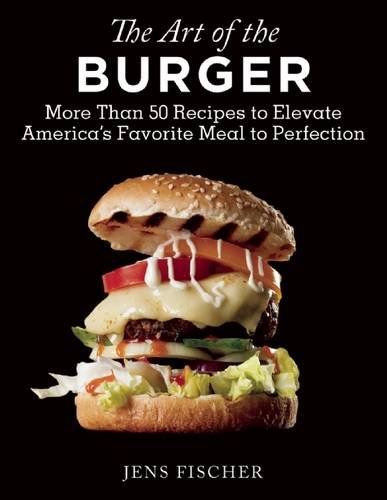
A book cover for The Art of the Burger: More Than 50 Recipes to Elevate America's Favorite Meal to Perfection; Jens Fischer; Cookbooks, Food & Wine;